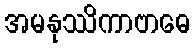
အမနုဿိကာဗာဓေ